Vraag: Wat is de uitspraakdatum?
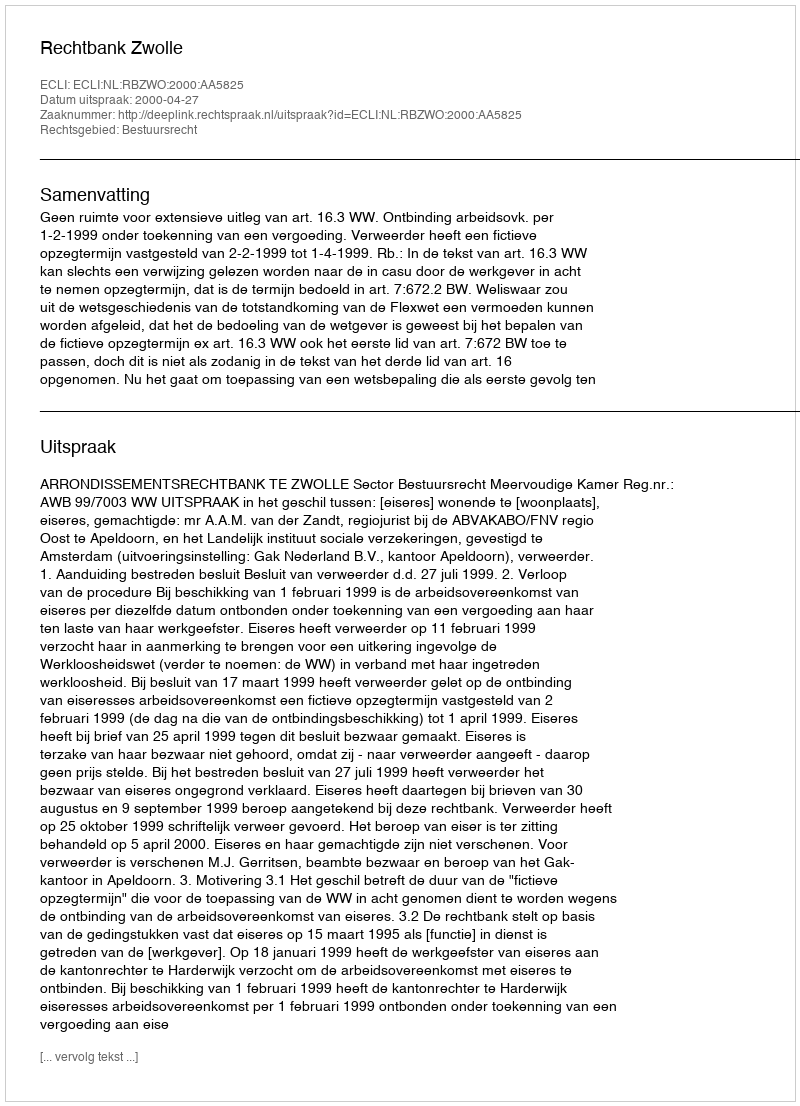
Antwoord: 2000-04-27